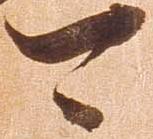
可